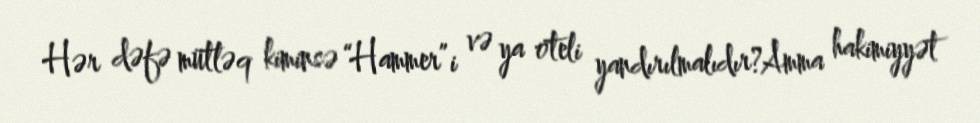
Hər dəfə mütləq kiminsə “Hammer”i və ya oteli yandırılmalıdır?Amma hakimiyyət